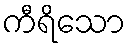
ကီရိသော